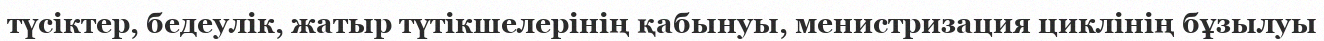
түсіктер, бедеулік, жатыр түтікшелерінің қабынуы, менистризация циклінің бұзылуы